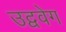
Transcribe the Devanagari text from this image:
उद्ववेग